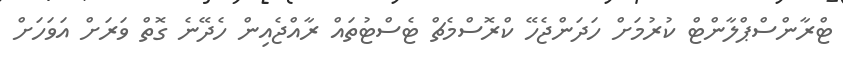
ޓްރާންސްޕްލާންޓް ކުރުމަށް ހަދަންޖެހޭ ކްރޮސްމެޗް ޓެސްޓުތައް ރާއްޖެއިން ހެދޭނެ ގޮތް ވަރަށް އަވަހަށް